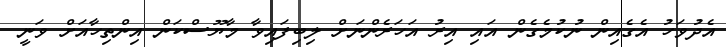
އެދުވަހު އެގެއިން ނުކުމެގެން އައި އިރު އަހަރެންނަށް ލިބިފައިވާ މާޔޫސްކަން އިންތިހާއަށް ވަނީ